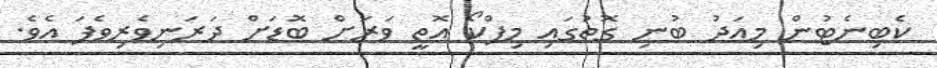
ކެބިނެޓުން މިއަދު ބުނި ގޮތުގައި މިފްކޯ އޮތީ ވަރަށް ބޮޑަށް ދަރަނިވެރިވެފަ އެވެ.